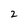
Character: 2